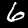
Label: 6